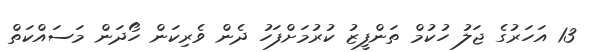
13 އަހަރުގެ ޖަލު ހުކުމް ތަންފީޒު ކުރުމަށްފަހު ދެން ވެރިކަން ހޯދަން މަސައްކަތް